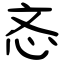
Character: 忞